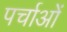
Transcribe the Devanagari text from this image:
पर्चाओं